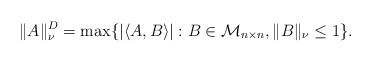
LaTeX: \begin{align*}\| A\|_{\nu}^D = \max\{|\langle A, B \rangle|: B \in \mathcal{M}_{n\times n}, \|B\|_{\nu}\leq 1\}.\end{align*}